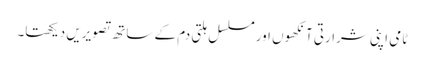
ٹامی اپنی شرارتی آنکھوں اور مسلسل ہلتی دم کے ساتھ تصویریں دیکھتا۔